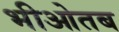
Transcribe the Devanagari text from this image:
भीओतब